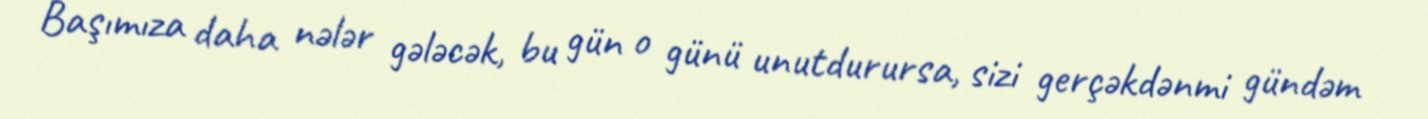
Başımıza daha nələr gələcək, bu gün o günü unutdurursa, sizi gerçəkdənmi gündəm